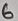
Text: 6